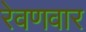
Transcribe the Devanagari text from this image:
रेवणवार